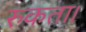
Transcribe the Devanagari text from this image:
रुकता।